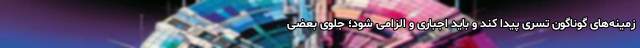
زمینه‌های گوناگون تسری پیدا کند و باید اجباری و الزامی شود؛ جلوی بعضی